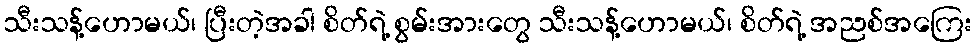
သီးသန့်ဟောမယ်၊ ပြီးတဲ့အခါ စိတ်ရဲ့ စွမ်းအားတွေ သီးသန့်ဟောမယ်၊ စိတ်ရဲ့ အညစ်အကြေး